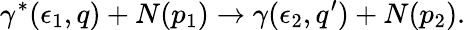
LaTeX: \gamma^{*}(\epsilon_{1},q)+N(p_{1})\rightarrow\gamma(\epsilon_{2},q^{\prime})+N(p_{2}).